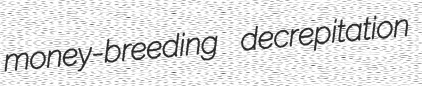
money-breeding decrepitation